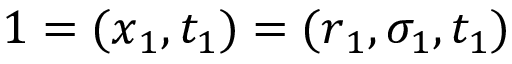
1 = ( \boldsymbol { x } _ { 1 } , t _ { 1 } ) = ( \boldsymbol { r } _ { 1 } , \sigma _ { 1 } , t _ { 1 } )